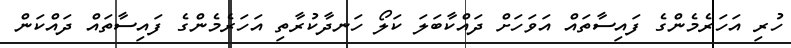
ހުރި އަހަރެމެންގެ ފައިސާތައް އަވަހަށް ދައްކާބަލަ ކަލޯ ހަނދާކުރާތި އަހަރެމެންގެ ފައިސާތައް ދައްކަން